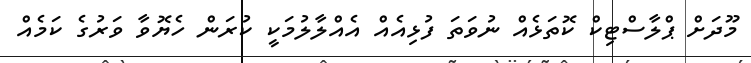
މޫދަށް ޕްލާސްޓިކް ކޮތަޅެއް ނުވަތަ ފުޅިއެއް އެއްލާލުމަކީ ކުރަން ހެޔޮވާ ވަރުގެ ކަމެއް